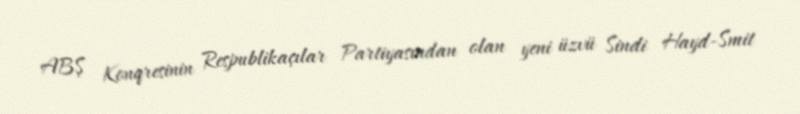
ABŞ Konqresinin Respublikaçılar Partiyasından olan yeni üzvü Sindi Hayd-Smit